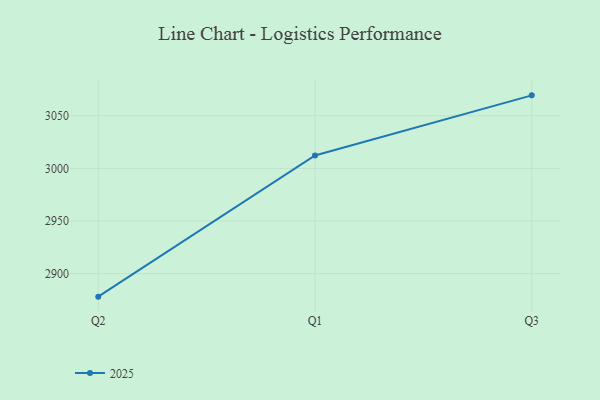
{"axis": {"x": "Quarter", "y": "Waste Production (Tons)"}, "legend": ["2025"], "data": [{"x": "Q2", "y": 2878.1, "type": "2025"}, {"x": "Q1", "y": 3012.3, "type": "2025"}, {"x": "Q3", "y": 3069.4, "type": "2025"}]}